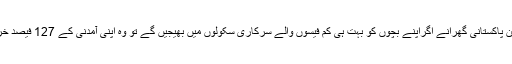
بیس فیصد غریب ترین پاکستانی گھرانے اگراپنے بچوں کو بہت ہی کم فیسوں والے سرکاری سکولوں میں بھیجیں گے تو وہ اپنی آمدنی کے 127 فیصد خرچ کررہے ہوں گے۔